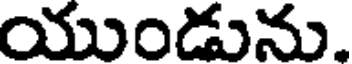
యుండును.